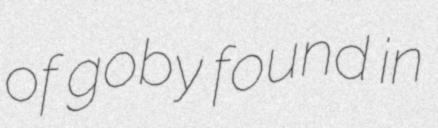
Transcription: of goby found in